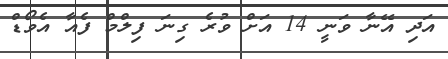
އަދި އޭނާ ވަނީ 14 އަށް ވުރެ ގިނަ ފިލްމް ފެއާ އެވޯޑް